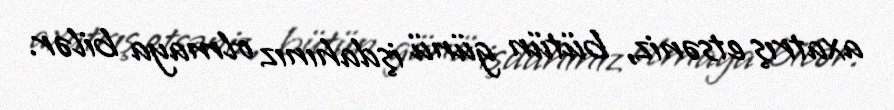
axatrış etsəniz, bütün günü işdahınız olmaya bilər.